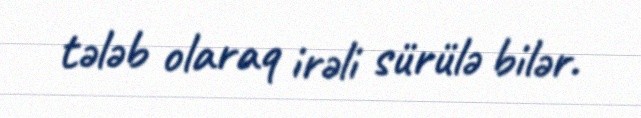
tələb olaraq irəli sürülə bilər.